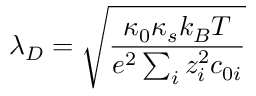
\lambda _ { D } = \sqrt { \frac { \kappa _ { 0 } \kappa _ { s } k _ { B } T } { e ^ { 2 } \sum _ { i } z _ { i } ^ { 2 } c _ { 0 i } } }